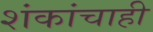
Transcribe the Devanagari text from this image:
शंकांचाही